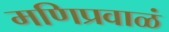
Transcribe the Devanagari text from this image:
मणिप्रवाळं